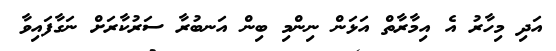
އަދި މިހާރު އެ އިމާރާތް އަޅަން ނިންމި ބިން އަނބުރާ ސަރުކާރަށް ނަގާފައިވާ